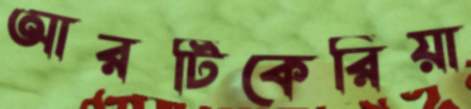
আরটিকেরিয়া